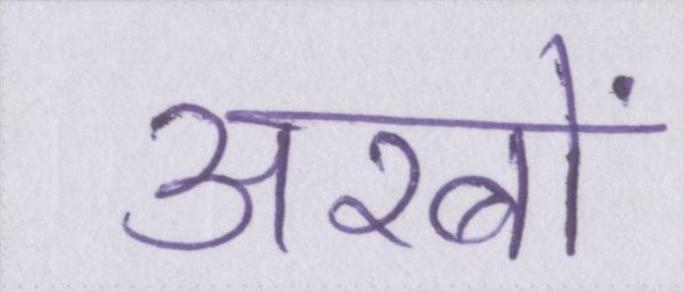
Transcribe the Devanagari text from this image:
अरबों